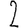
Digit: 2